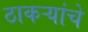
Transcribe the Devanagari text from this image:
ठाकऱ्यांचे